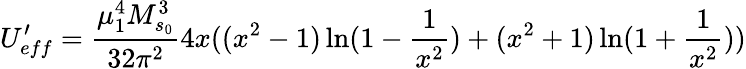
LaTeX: U_{eff}^{\prime}=\frac{\mu_{1}^{4}M_{s_{0}}^{3}}{32\pi^{2}}4x((x^{2}-1)\ln(1-\frac{1}{x^{2}})+(x^{2}+1)\ln(1+\frac{1}{x^{2}}))